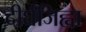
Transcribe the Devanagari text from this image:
दीर्घजिह्वा